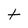
Character: t